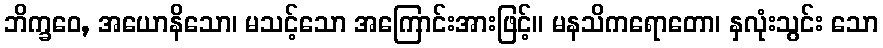
ဘိက္ခဝေ, အယောနိသော၊ မသင့်သော အကြောင်းအားဖြင့်။ မနသိကရောတော၊ နှလုံးသွင်း သော